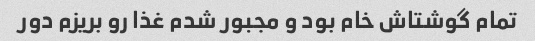
تمام گوشتاش خام بود و مجبور شدم غذا رو بریزم دور